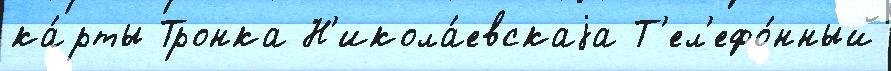
ка́рты Тронка Н'икола́евскаjа Т'ел'ефо́нный